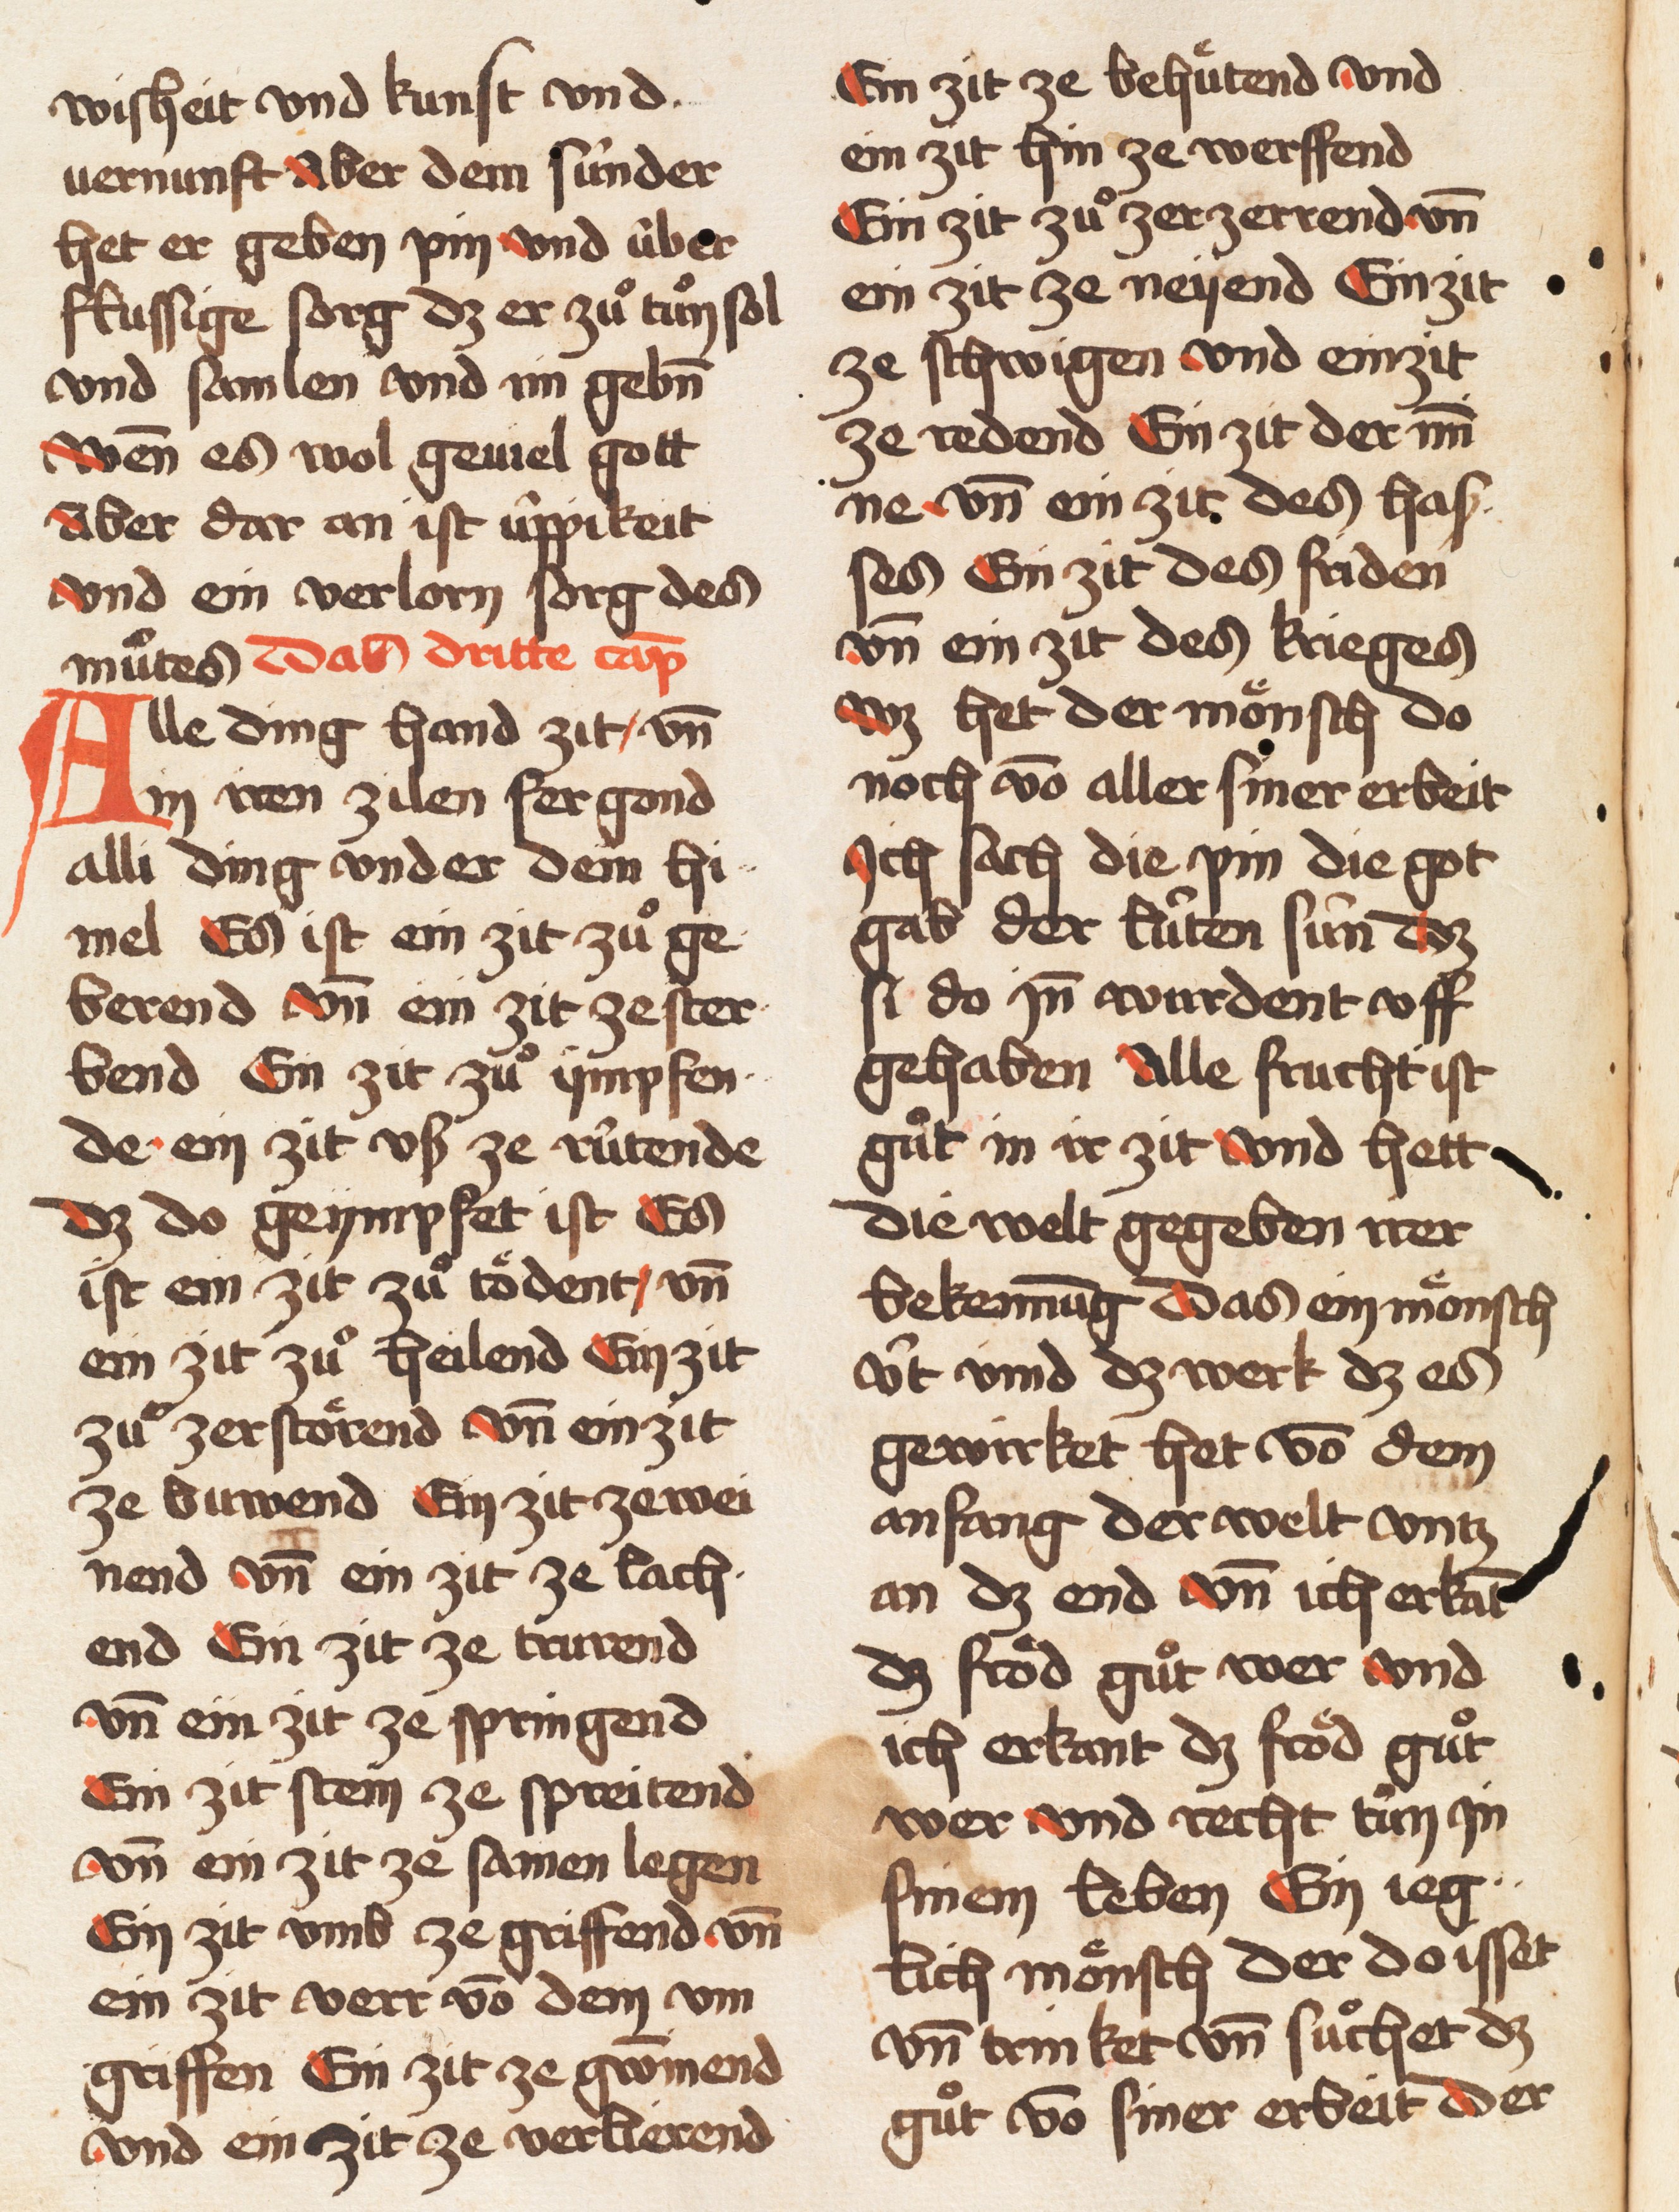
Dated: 1457–1457